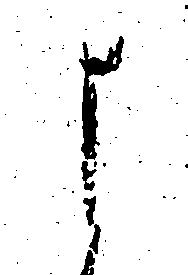
よ